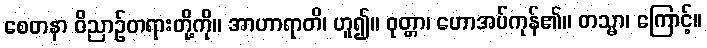
စေတနာ ဝိညာဉ်တရားတို့ကို။ အာဟာရာတိ၊ ဟူ၍။ ဝုတ္တာ၊ ဟောအပ်ကုန်၏။ တသ္မာ၊ ကြောင့်။